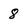
Character: 8